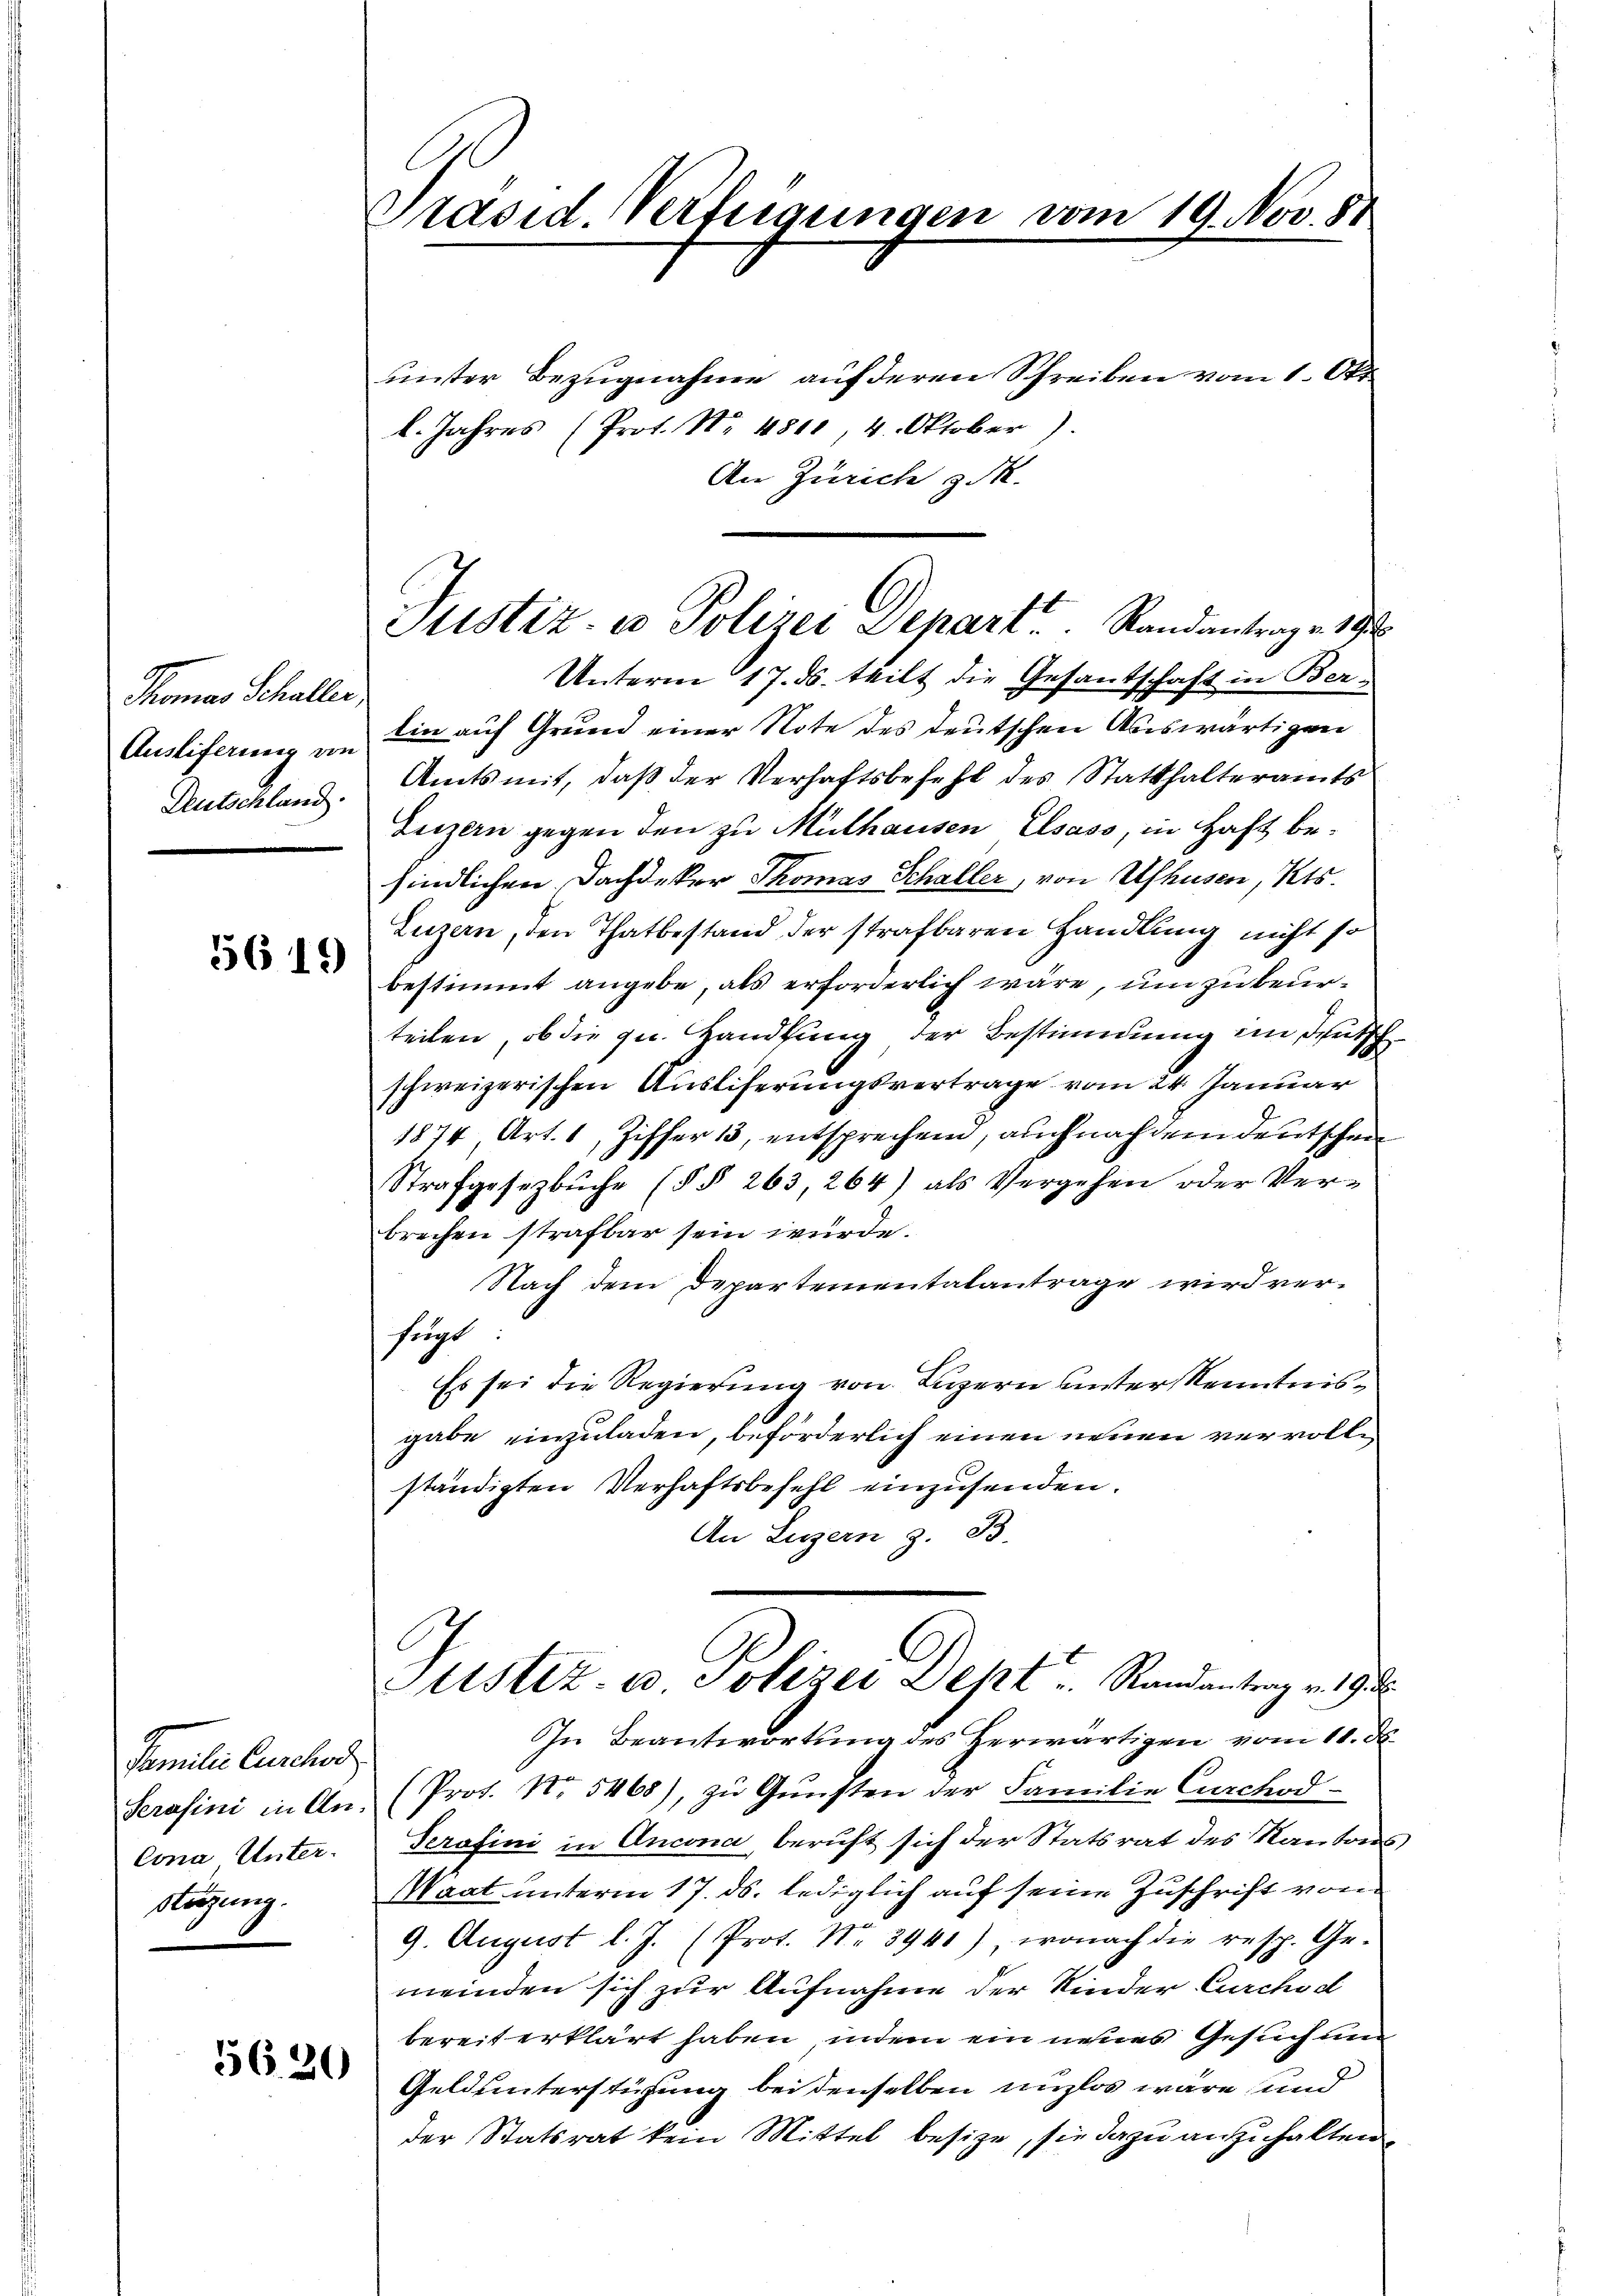
Thomas Schallen
Ausliferung von
Deutschland.

619

Familie Lunchod
Serasini in An-
Cona Unter
stüzung.

5620

Präsid. Verfügungen vom 19. Nov. 81

unter Bezugnahme auf deren Schreiben vom 1. Okt
l. Jahres (Prot. No. 4810, 4. Oktober).
An Zürich zuk

Unterm 17. ds. teilt die Gesantschaft in Ber-
Ein auf Grund einer Note des deutschen Auswärtigen
Amts mit, daß der Verhaftsbefehl des Statthalteramts
Luzern gegen den zu Mülhausen Elsass, in Haft befindlichen Dachdeker Thomas Schaller, von Ushusen, Kts.
Luzern, den Thatbestand der strafbaren Handlung nicht so
bestimmt angebe, als erforderlich wäre, um zu beurteilen, ob die zu Handlung der Bestimmung ein Deutsch
schweizerischen Ausliferungsvertrage vom 24. Januar
1874, Art. 1, Ziffer 13, entsprechend, auch nachdem deutschen
Strafgesezbŭche (§§ 263, 264) als Vergehen oder Ver-
brechen strafbar sein würde.
Nach dem Departementalantrage wird verfügt
Es sei die Regierung von Luzern unter Kenntnisgabe einzuladen, beförderlich einen neuen vervollständigten Verhaftsbefehl einzusenden.
An Luzern z. B.

Sistiz- u Polizei Separt. Randantrag v. 19 t

Sistiz- u Polizei Deht u. Randantrag v. 19. d.

In Beantwortung des Herwärtigen vom 10. ds.
(Prot. Nr. 5468), zŭ Gŭnsten der Familie Curchod
Serafini in Ancona, beruft sich der Statsrat des Kantons,
Waat unterm 17. ds. lediglich auf seine Zuschrift von
9. August l. J. (Prot. Nr. 3941), wonach die resp. Ge-
meinden sich zur Aufnahme der Kinder Curchod
bereiterklärt haben, indem ein neues Gesuch und
Geldunterstüzung bei denselben unglos wäre, und
der Statsrat kein Mittel besize, sie dazu anzuhalten.